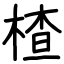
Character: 楂